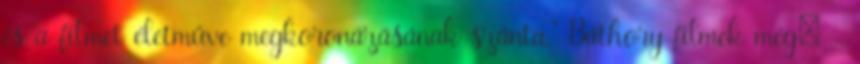
és a filmet életműve megkoronázásának szánta." Báthory-filmek még: -